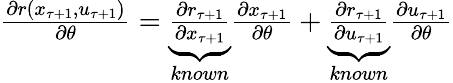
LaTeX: \begin{array}{r}{\frac{\partial r(x_{\tau+1},u_{\tau+1})}{\partial\theta}=\underbrace{\frac{\partial r_{\tau+1}}{\partial x_{\tau+1}}}_{known}\frac{\partial x_{\tau+1}}{\partial\theta}+\underbrace{\frac{\partial r_{\tau+1}}{\partial u_{\tau+1}}}_{known}\frac{\partial u_{\tau+1}}{\partial\theta}}\end{array}